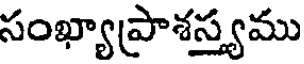
సంఖ్యాప్రాశస్త్యము